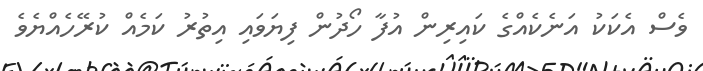
ވެސް އެކަކު އަނެކެއްގެ ކައިރިން އުފާ ހޯދުން ފިޔަވައި އިތުރު ކަމެއް ކުރޭހެއްޔެވެ